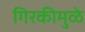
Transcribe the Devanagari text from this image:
गिरकीमुळे